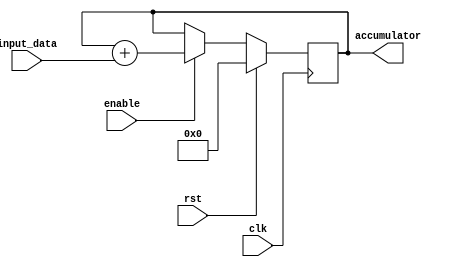
module FixedPointAccumulator (
    input wire clk,
    input wire rst,
    input wire enable,
    input wire [15:0] input_data,
    output wire [15:0] accumulator
);

reg [15:0] accumulator_reg;

always @(posedge clk) begin
    if (rst) begin
        accumulator_reg <= 16'b0;
    end else if (enable) begin
        accumulator_reg <= accumulator_reg + input_data;
    end
end

assign accumulator = accumulator_reg;

endmodule